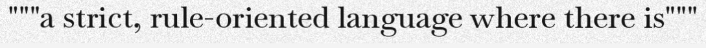
"""a strict, rule-oriented language where there is"""